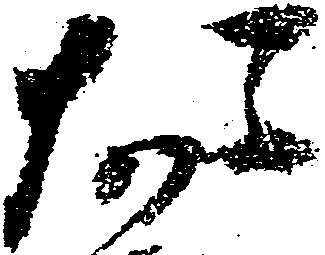
た